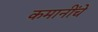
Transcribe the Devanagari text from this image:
कमानींचे